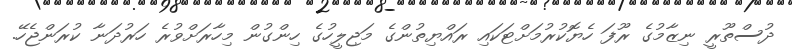
ދުސްތޫރީ ނިޒާމުގެ ރޫފަ ހެޔޮކުރުމަށްޓަކައި ރައްޔިތުންގެ މަޖިލީހުގެ ހިންގުން މިހާރަށްވުރެ ހަރުދަނާ ކުރަންޖެހޭ.